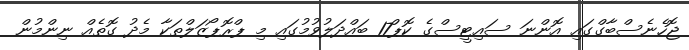
ޖޮހެނެސްބާގްގައި އޮންނަ ސައިޓީސްގެ ކޮޕް17 ބައްދަލުވުމުގައި މި ޕްރޮޕޯޒަލްތަކާ މެދު ގޮތެއް ނިންމުން